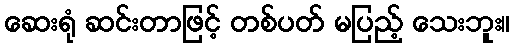
ဆေးရုံ ဆင်းတာဖြင့် တစ်ပတ် မပြည့် သေးဘူး။